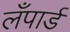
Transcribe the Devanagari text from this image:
लँपार्ड